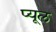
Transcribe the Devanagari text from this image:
प्यूल